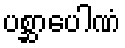
ပစ္ဆာပေါဏံ